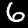
Digit: 6